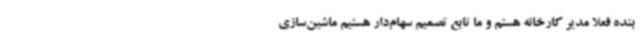
بنده فعلاً مدیر کارخانه هستم و ما تابع تصمیم سهام‌دار هستیم ماشین‌سازی